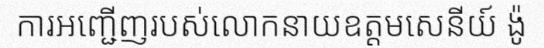
ការអញ្ជើញរបស់លោកនាយឧត្តមសេនីយ៍ ង៉ូ